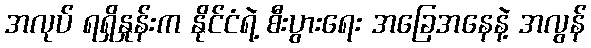
အလုပ် ရရှိနှုန်းက နိုင်ငံရဲ့ စီးပွားရေး အခြေအနေနဲ့ အလွန်